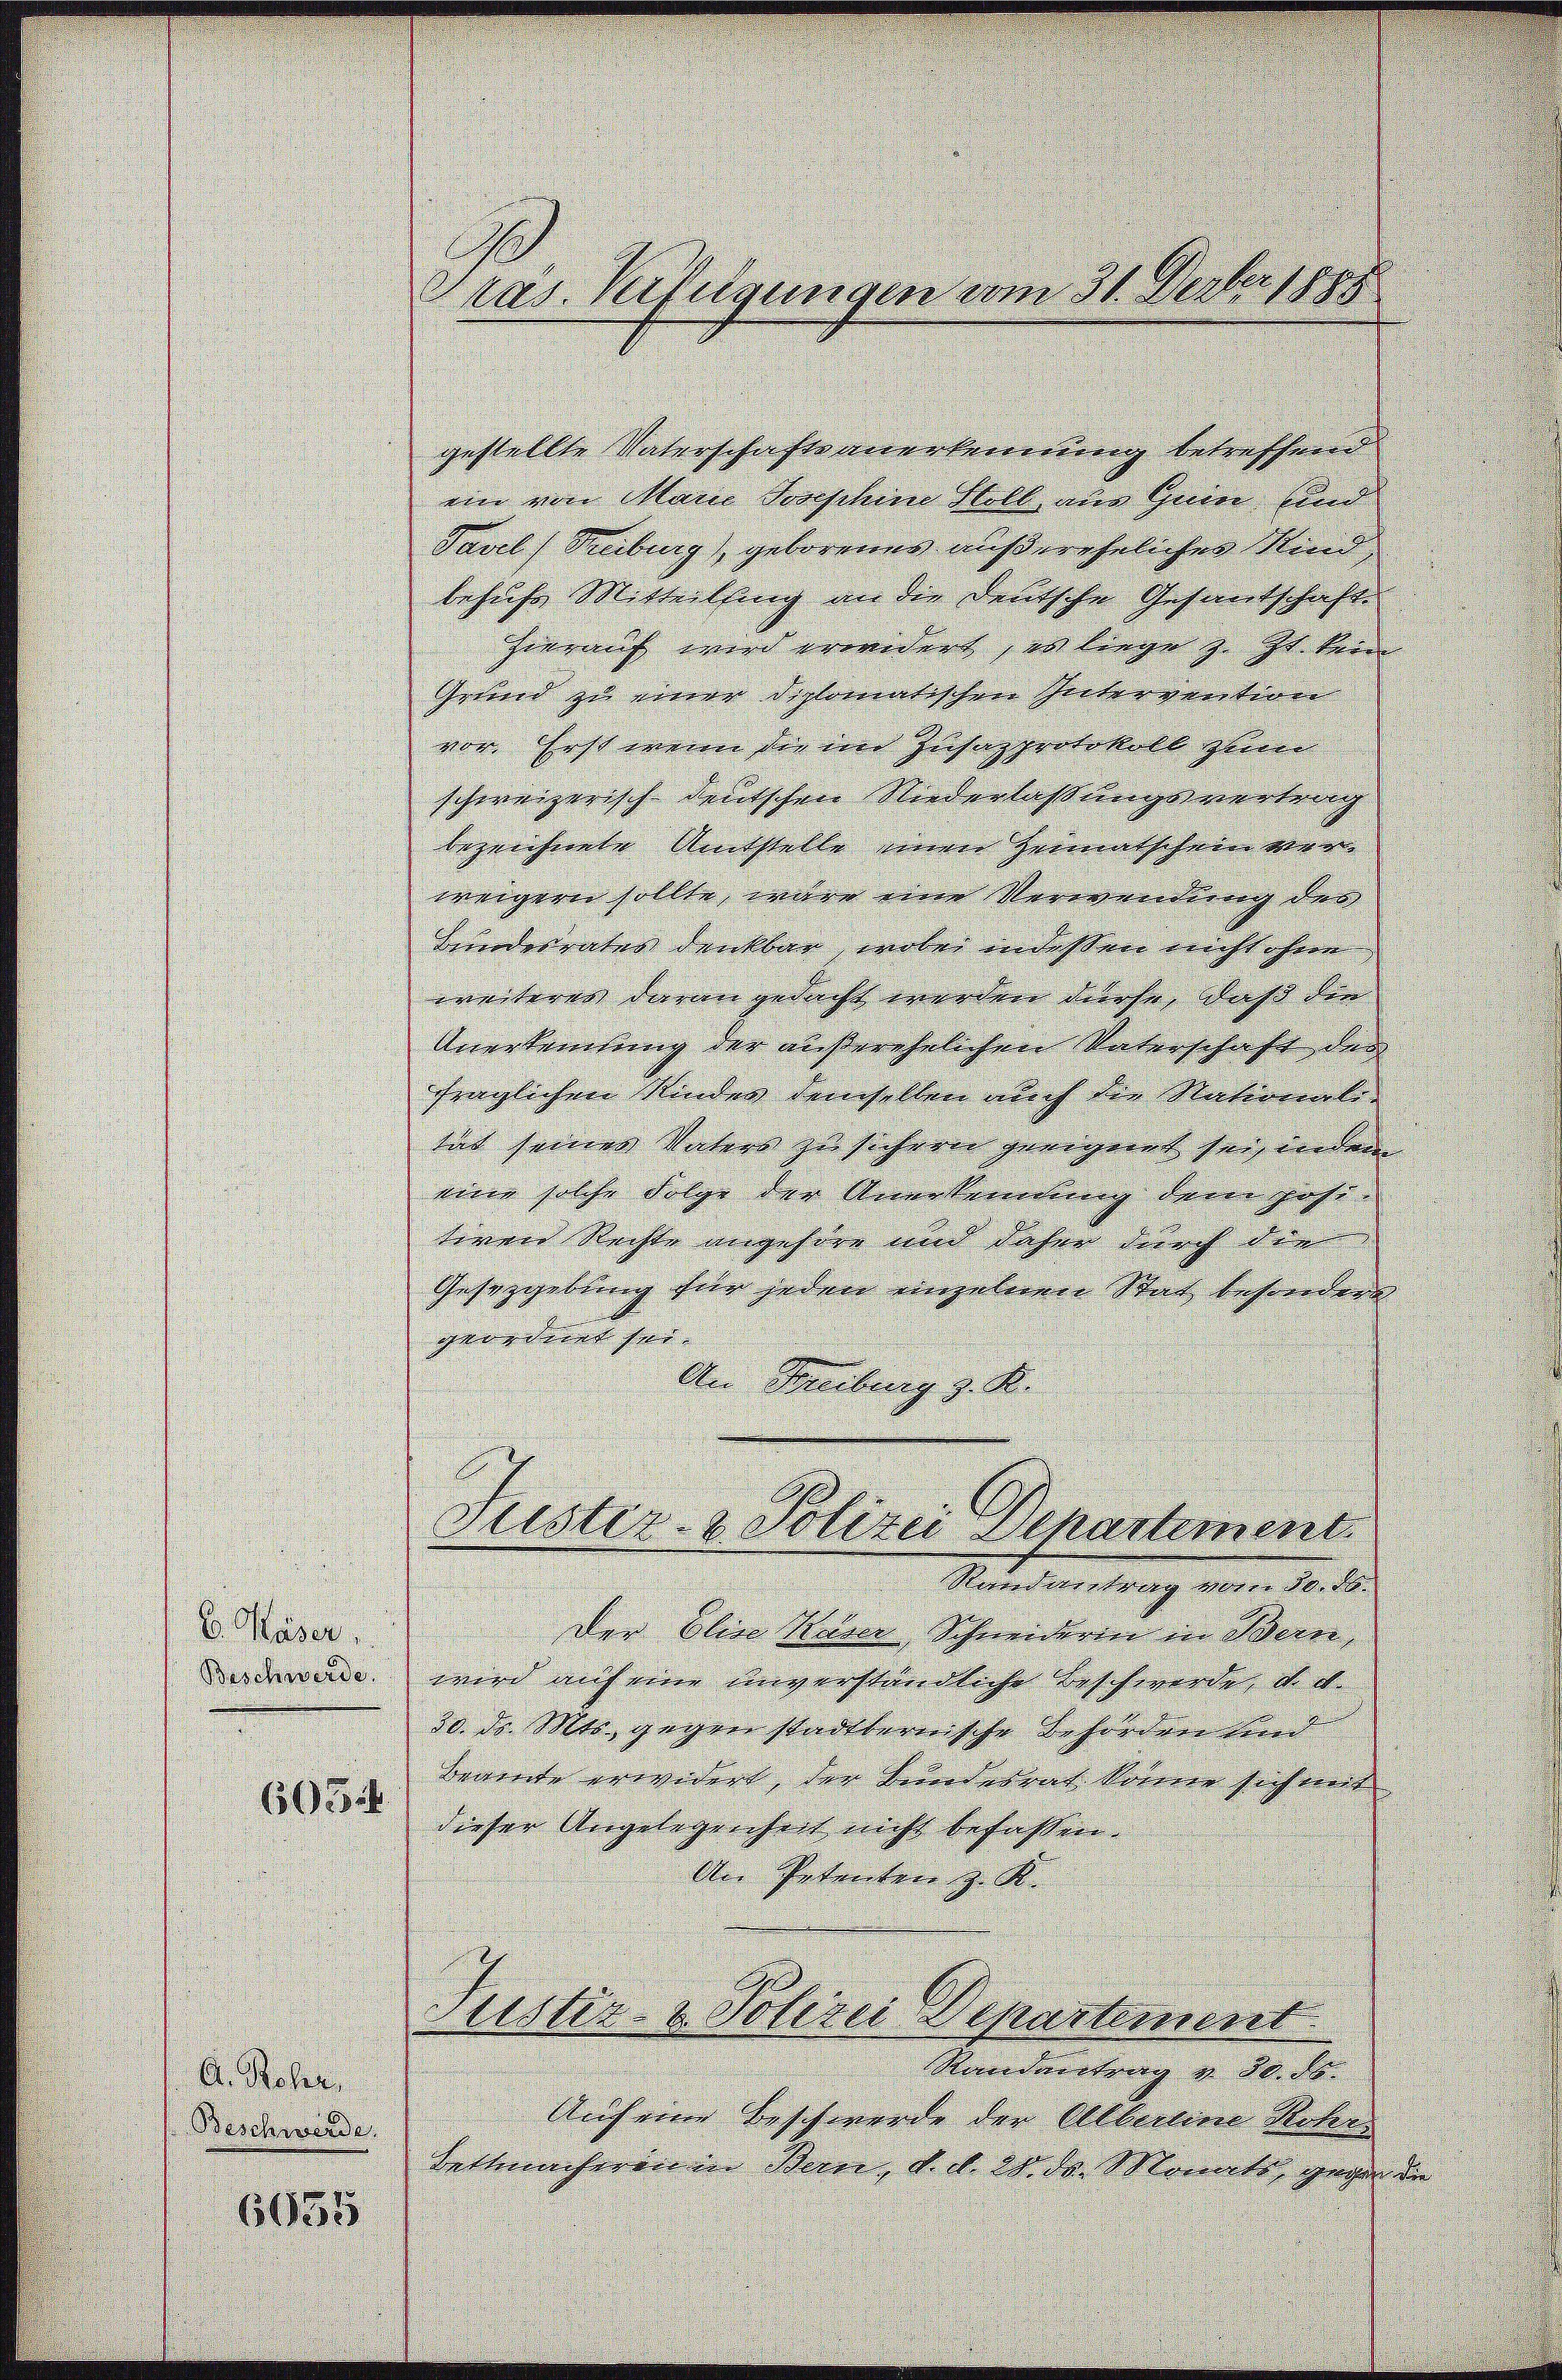
gestellte Vaterschaftsanerkennung betreffend
ein von Mani Tischen soll aus Gum und
Pavel, Reiburg) geborenes außereheliches Kind
besuche Mitteilung an die deutsche Gesandschaft.
hierauf wird erweident, en liege z. Zt. kein |
Grund zu einer diplomatischen Intervention
vor Erst wenn die und Zusapprotokoll zum
schweizerisch deutschen Niederlassungsvertrag
bezeichnete Amtstelle einen Heimatschein men
weigern sollte, wäre eine Verwendung der
Bundesrates denkbar, wobei indeßen nicht ohne
weiterer daran gedacht werden dürfe, daß die |
Anerkennung der außerehelichen Vaterschaft der
fraglichen Kinder demselben auch die Nationale
tät seinen Vaters zu sichern geeignet sei, indem
eine solche Folge der Anerkennung dem pass.
tiven Rechte angehöre und daher durch die
Gesetzgebung für jeden einzelnen Stat besonder
.
geordnet sei. |
s

An Freiburg z. S.
Fister- & Polizei Departement
Stand vertrag vorer 50. 10.
b. Häser.
Der Eline Kaser, Schneiderin in Bern,
derende wird mich eine unverständliche Beschwerde, d. d.
30. d. Mts. gegen stadtbarerische Beförderetend
Bemercke erwidert, der Bundesrat korrer sich mit
6054
dieser Angelegenheit nicht befassen.
An Petenten z. K.
Teistir- & Polizei Departement
Randeretrag v. 30. ds.
A. Rehr
Auf eine Beschwerde der Alberene Noter
Beschwerde.
Lattmacherenen Seine, d. d. 28. d. Monate gegen de
6655

Präs. Verfügungen vom 31. Decbr 1888